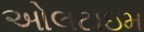
ઓલટાઇમ